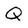
Character: Q